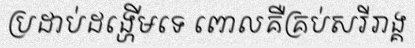
ប្រដាប់ដង្ហើមទេ ពោលគឺគ្រប់សរីរាង្គ